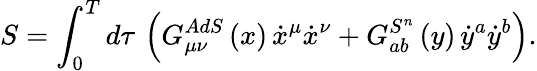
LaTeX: S=\int_{0}^{T}d\tau\, \left(G_{\mu\nu}^{AdS}\left(x\right)\, \dot{x}^{\mu}\dot{x}^{\nu}+G_{ab}^{S^{n}}\left(y\right)\, \dot{y}^{a}\dot{y}^{b}\right).